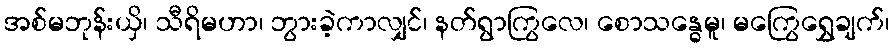
အစ်မဘုန်းယှိ၊ သီရိမဟာ၊ ဘွားခဲ့ကာလျှင်၊ နတ်ရွာကြွလေ၊ စောသန္ဓေမူ၊ မကြွေရွှေချက်၊